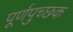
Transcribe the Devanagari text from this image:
पूर्णपुच्छक